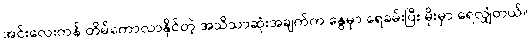
အင်းလေးကန် တိမ်ကောလာနိုင်တဲ့ အသိသာဆုံးအချက်က နွေမှာ ရေခမ်းပြီး မိုးမှာ ရေလျှံတယ်။